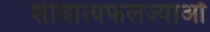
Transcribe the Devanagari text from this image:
शीघ्रांत्यफलज्याओं